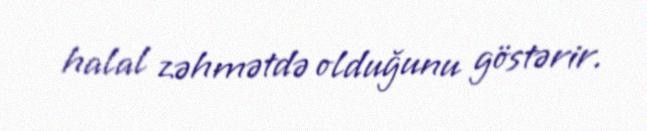
halal zəhmətdə olduğunu göstərir.